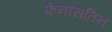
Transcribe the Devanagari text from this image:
फेनासतिन